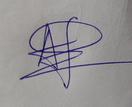
Signature authenticity: genuine